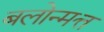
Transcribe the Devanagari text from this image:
बलोन्मत्त